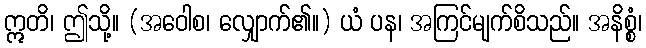
ဣတိ၊ ဤသို့။ (အဝေါစ၊ လျှောက်၏။) ယံ ပန၊ အကြင်မျက်စိသည်။ အနိစ္စံ၊